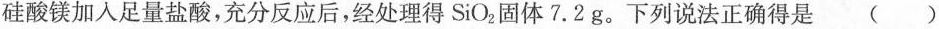
硅酸镁加入足量盐酸，充分反应后，经处理得SiO_{2}固体7.2g。下列说法正确得是 ( )